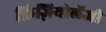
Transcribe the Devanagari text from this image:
फ़िज़ियोलॅजी